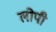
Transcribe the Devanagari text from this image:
लोपी